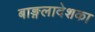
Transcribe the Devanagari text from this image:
बाङ्गलादेशका